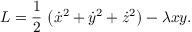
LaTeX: L = \frac { 1 } { 2 } \, \left( \dot { x } ^ { 2 } + \dot { y } ^ { 2 } + \dot { z } ^ { 2 } \right) - \lambda x y .